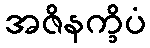
အဇိနက္ခိပံ